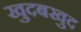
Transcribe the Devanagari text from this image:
खुदबखुद